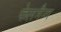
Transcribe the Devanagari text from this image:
फेलमैन्ग